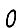
Digit: 0